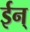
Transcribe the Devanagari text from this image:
ईन्